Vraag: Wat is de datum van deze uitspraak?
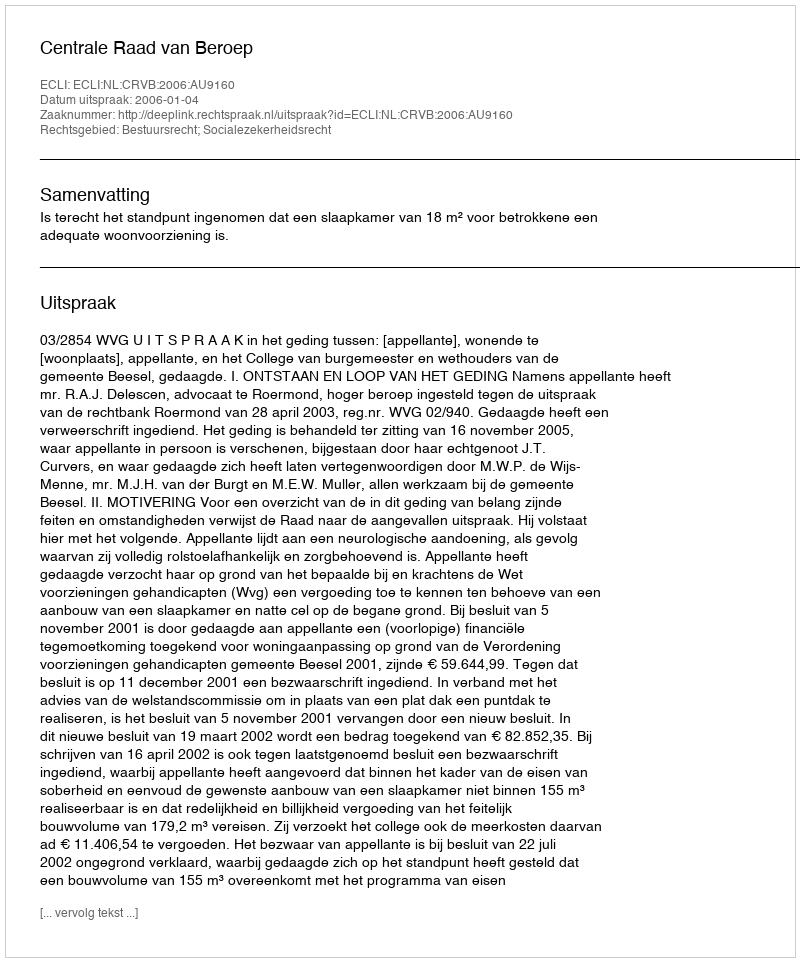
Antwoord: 2006-01-04